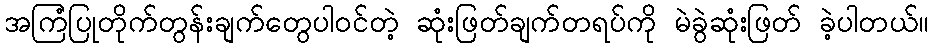
အကြံပြုတိုက်တွန်းချက်တွေပါဝင်တဲ့ ဆုံးဖြတ်ချက်တရပ်ကို မဲခွဲဆုံးဖြတ် ခဲ့ပါတယ်။